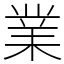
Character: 業